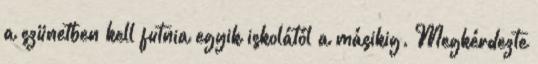
a szünetben kell futnia egyik iskolától a másikig. Megkérdezte